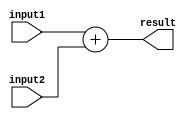
`timescale 1ns / 1ps
//////////////////////////////////////////////////////////////////////////////////
// Company: 
// Engineer: 
// 
// Design Name: 
// Module Name: Instructionmemory
// Project Name: 
// Target Devices: 
// Tool Versions: 
// Description: 
// 
// Dependencies: 
// 
// Revision:
// Revision 0.01 - File Created
// Additional Comments:
// 
//////////////////////////////////////////////////////////////////////////////////


module Add(
 input1,
 input2,
 result
    );
    input [31:0] input1,input2;
    output [31:0] result;
    
    assign result = input1 + input2;
    
endmodule